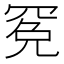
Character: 𱻁